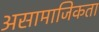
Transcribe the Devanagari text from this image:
असामाजिकता